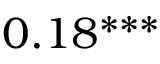
0 . 1 8 ^ { * * * }